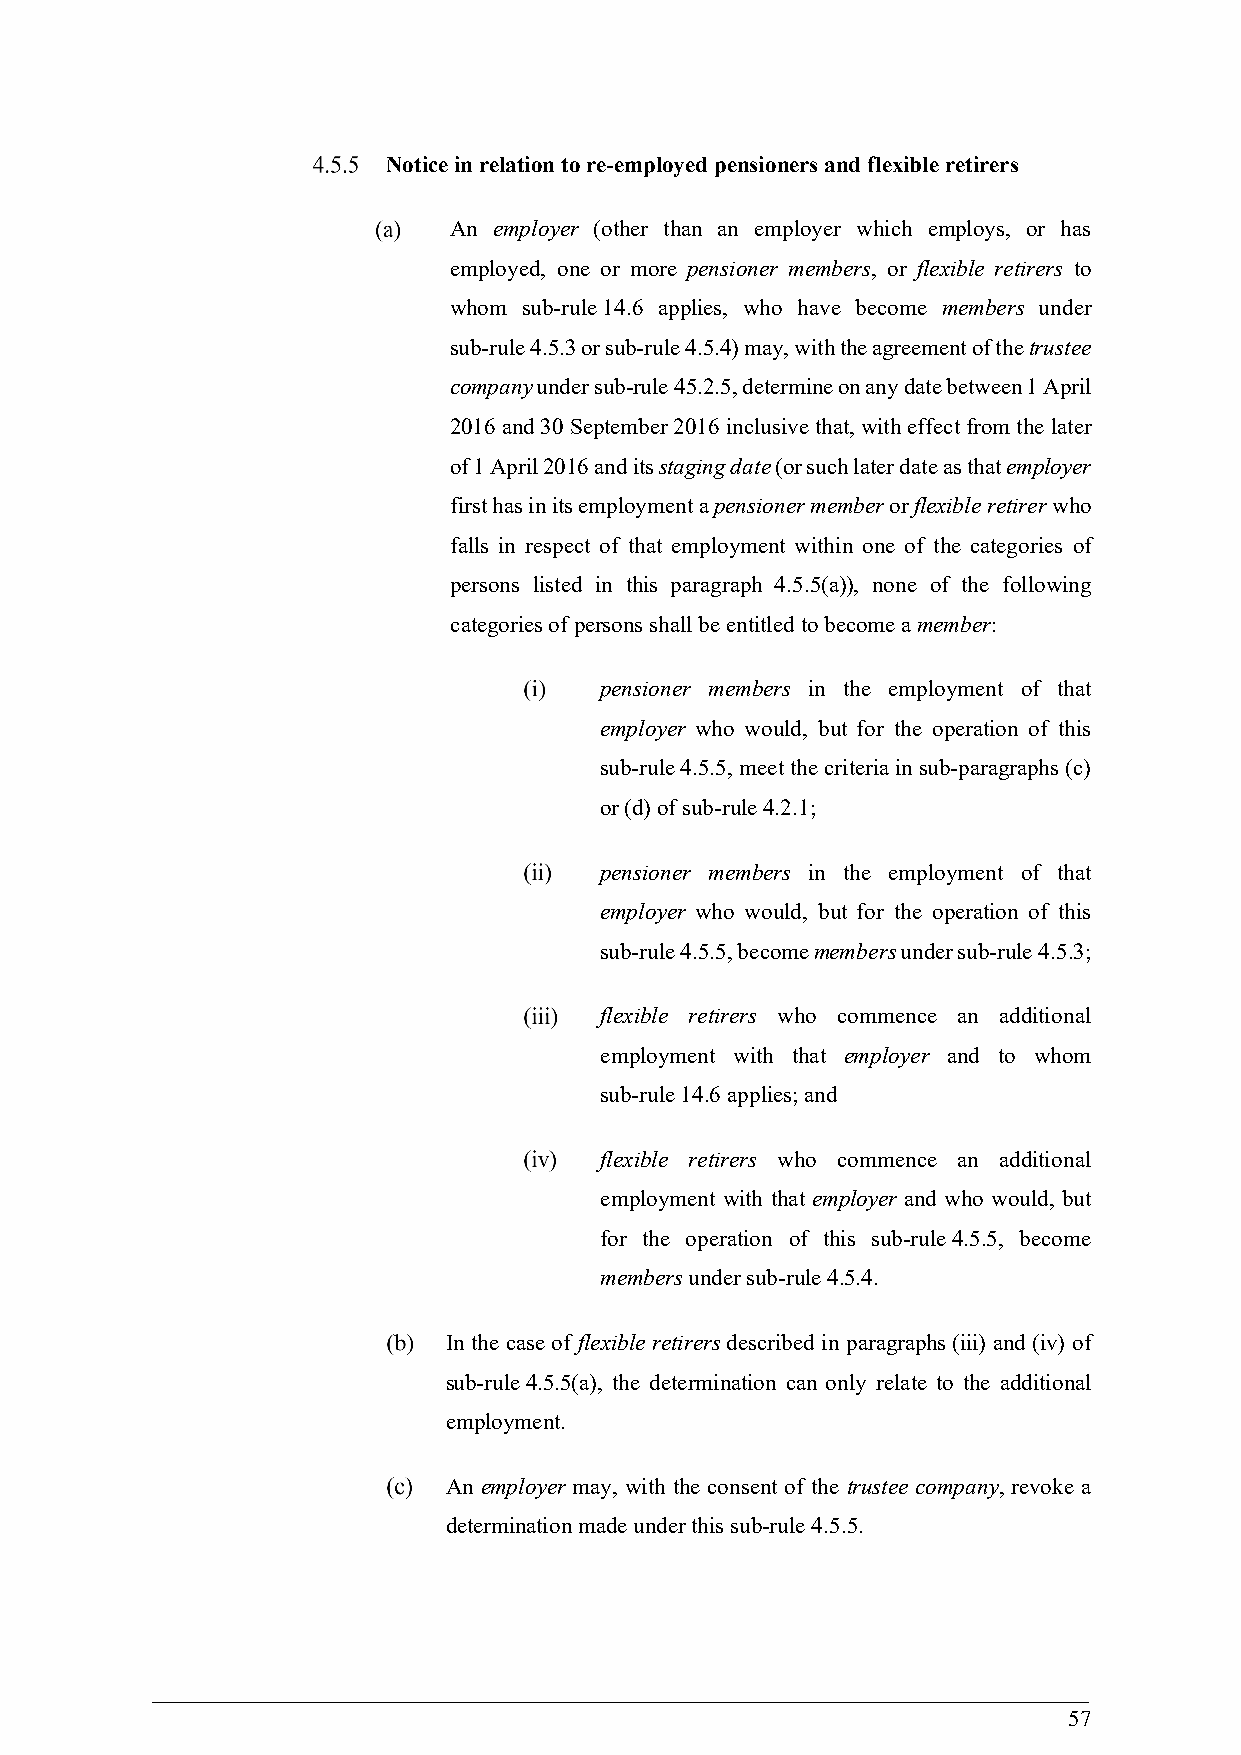
Notice in relation to re-employed pensioners and flexible retirers
 An employer (other than an employer which employs, or has
 employed, one or more pensioner members, or flexible retirers to
 whom sub-rule 14.6 applies, who have become members under
 sub-rule 4.5.3 or sub-rule 4.5.4) may, with the agreement of the trustee
 company under sub-rule 45.2.5, determine on any date between 1 April
 2016 and 30 September 2016 inclusive that, with effect from the later
 of 1 April 2016 and its staging date (or such later date as that employer
 first has in its employment a pensioner member or flexible retirer who
 falls in respect of that employment within one of the categories of
 persons listed in this paragraph 4.5.5(a)), none of the following
 categories of persons shall be entitled to become a member:
 pensioner members in the employment of that
 employer who would, but for the operation of this
 sub-rule 4.5.5, meet the criteria in sub-paragraphs (c)
 or (d) of sub-rule 4.2.1;
 pensioner members in the employment of that
 employer who would, but for the operation of this
 sub-rule 4.5.5, become members under sub-rule 4.5.3;
 flexible retirers who commence an additional
 employment with that employer and to whom
 sub-rule 14.6 applies; and
 flexible retirers who commence an additional
 employment with that employer and who would, but
 for the operation of this sub-rule 4.5.5, become
 members under sub-rule 4.5.4.
 In the case of flexible retirers described in paragraphs (iii) and (iv) of
 sub-rule 4.5.5(a), the determination can only relate to the additional
 employment.
 An employer may, with the consent of the trustee company, revoke a
 determination made under this sub-rule 4.5.5.
 57